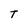
Character: T